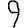
Digit: 9